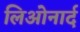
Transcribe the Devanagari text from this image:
लिओनार्द